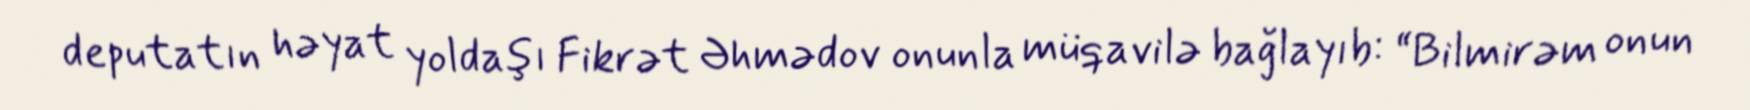
deputatın həyat yoldaşı Fikrət Əhmədov onunla müqavilə bağlayıb: “Bilmirəm onun